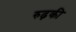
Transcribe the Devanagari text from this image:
रुढ़की